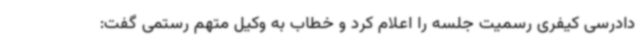
دادرسی کیفری رسمیت جلسه را اعلام کرد و خطاب به وکیل متهم رستمی گفت: